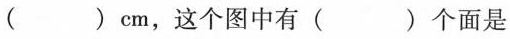
( )cm，这个图中有( )个面是